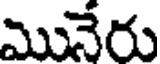
మునేరు